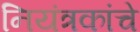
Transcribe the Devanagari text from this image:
नियंत्रकांचे